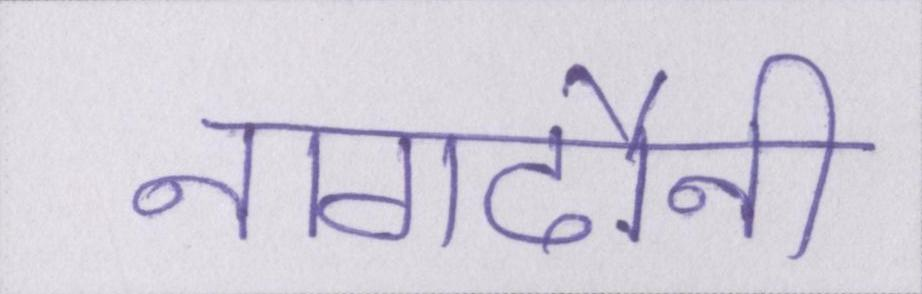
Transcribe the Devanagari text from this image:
नागदौनी